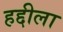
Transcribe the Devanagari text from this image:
हद्दीला